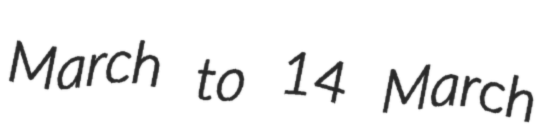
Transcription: March to 14 March